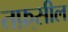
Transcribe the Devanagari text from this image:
तफ़्सील